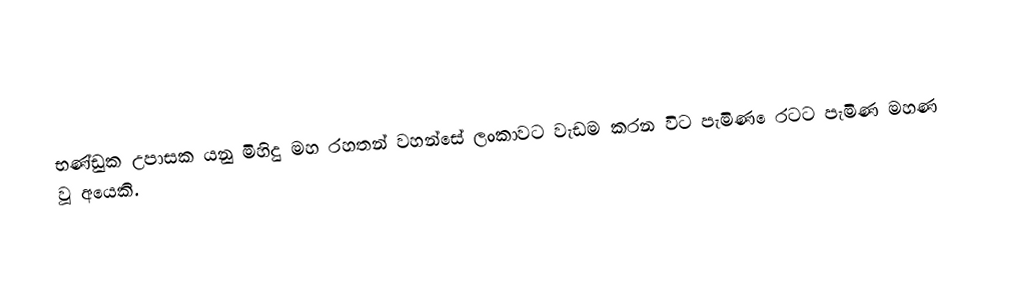
භණ්ඩුක උපාසක යනු මිහිදු මහ රහතන් වහන්සේ ලංකාවට වැඩම කරන විට පැමිණ ‌ෙරටට පැමිණ මහණ වූ අයෙකි.